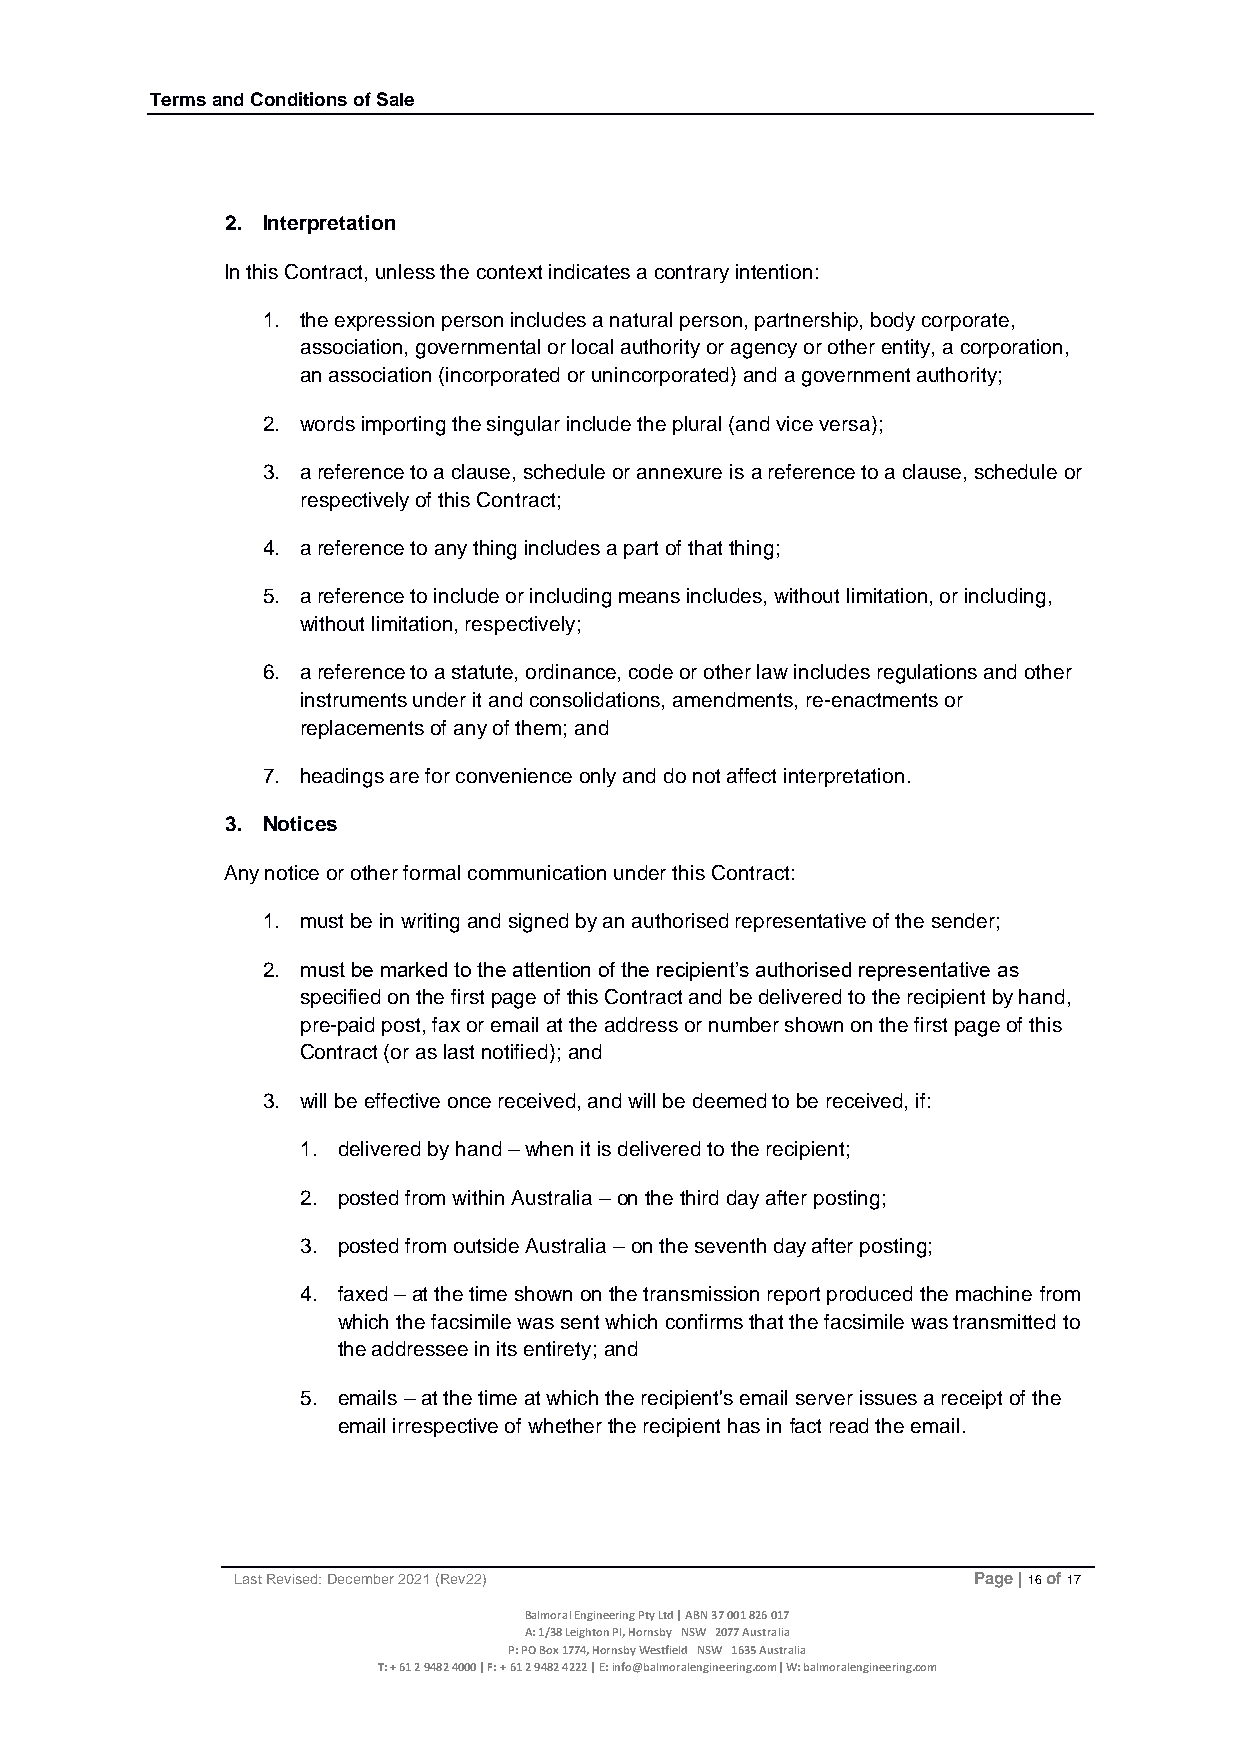
Terms and Conditions of Sale
 2. Interpretation
 In this Contract, unless the context indicates a contrary intention:
 1. the expression person includes a natural person, partnership, body corporate,
 association, governmental or local authority or agency or other entity, a corporation,
 an association (incorporated or unincorporated) and a government authority;
 2. words importing the singular include the plural (and vice versa);
 3. a reference to a clause, schedule or annexure is a reference to a clause, schedule or
 respectively of this Contract;
 4. a reference to any thing includes a part of that thing;
 5. a reference to include or including means includes, without limitation, or including,
 without limitation, respectively;
 6. a reference to a statute, ordinance, code or other law includes regulations and other
 instruments under it and consolidations, amendments, re-enactments or
 replacements of any of them; and
 7. headings are for convenience only and do not affect interpretation.
 3. Notices
 Any notice or other formal communication under this Contract:
 1. must be in writing and signed by an authorised representative of the sender;
 2. must be marked to the attention of the recipient’s authorised representative as
 specified on the first page of this Contract and be delivered to the recipient by hand,
 pre-paid post, fax or email at the address or number shown on the first page of this
 Contract (or as last notified); and
 3. will be effective once received, and will be deemed to be received, if:
 1. delivered by hand – when it is delivered to the recipient;
 2. posted from within Australia – on the third day after posting;
 3. posted from outside Australia – on the seventh day after posting;
 4. faxed – at the time shown on the transmission report produced the machine from
 which the facsimile was sent which confirms that the facsimile was transmitted to
 the addressee in its entirety; and
 5. emails – at the time at which the recipient's email server issues a receipt of the
 email irrespective of whether the recipient has in fact read the email.
 Last Revised: December 2021 (Rev22)             Page | 16 of 17
 Balmoral Engineering Pty Ltd | ABN 37 001 826 017
 A: 1/38 Leighton Pl, Hornsby NSW 2077 Australia
 P: PO Box 1774, Hornsby Westfield NSW 1635 Australia
 T: + 61 2 9482 4000 | F: + 61 2 9482 4222 | E: info@balmoralengineering.com| W: balmoralengineering.com